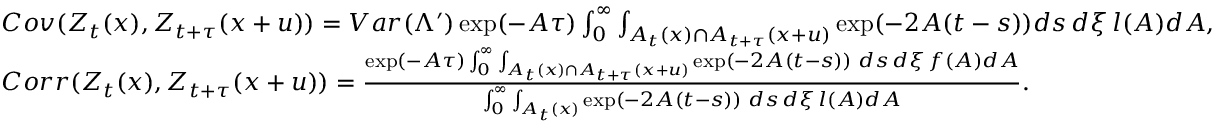
\begin{array} { r l } & { C o v ( \boldsymbol { Z } _ { t } ( x ) , \boldsymbol { Z } _ { t + \tau } ( x + u ) ) = V a r ( \Lambda ^ { \prime } ) \exp ( - A \tau ) \int _ { 0 } ^ { \infty } \int _ { A _ { t } ( x ) \cap A _ { t + \tau } ( x + u ) } \exp ( - 2 A ( t - s ) ) d s \, d \xi \, l ( A ) d A , } \\ & { C o r r ( \boldsymbol { Z } _ { t } ( x ) , \boldsymbol { Z } _ { t + \tau } ( x + u ) ) = \frac { \exp ( - A \tau ) \int _ { 0 } ^ { \infty } \int _ { A _ { t } ( x ) \cap A _ { t + \tau } ( x + u ) } \exp ( - 2 A ( t - s ) ) \, \, d s \, d \xi \, f ( A ) d A } { \int _ { 0 } ^ { \infty } \int _ { A _ { t } ( x ) } \exp ( - 2 A ( t - s ) ) \, \, d s \, d \xi \, l ( A ) d A } . } \end{array}